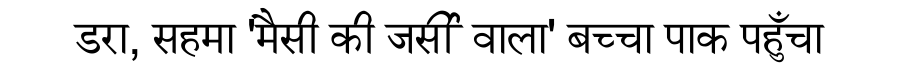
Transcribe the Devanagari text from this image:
डरा, सहमा 'मैसी की जर्सी वाला' बच्चा पाक पहुँचा